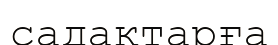
садақтарға